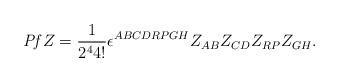
LaTeX: \begin{align*}{\it Pf}Z={1\over 2^44!}\epsilon^{ABCDRPGH}Z_{AB}Z_{CD}Z_{RP}Z_{GH}.\end{align*}